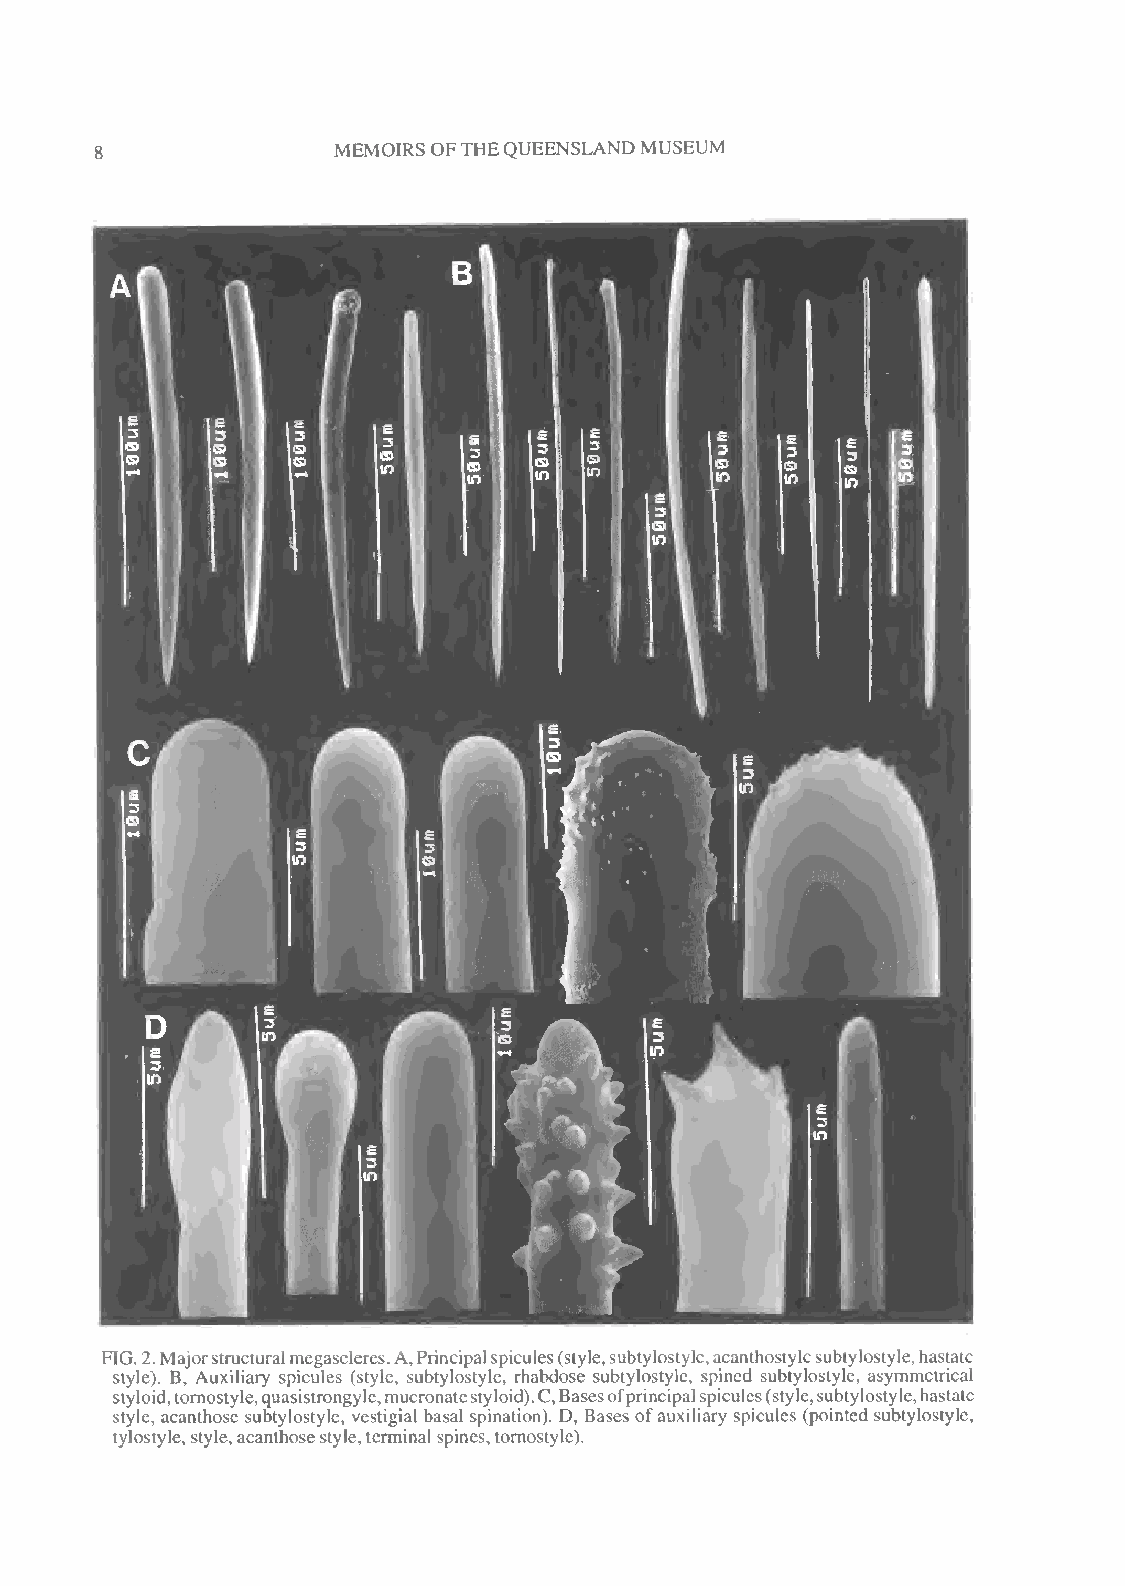
MEMOIRS OFTHEQUEENSLANDMUSEUM
 FIG.2.Majorstructuralmegascleres.A,Principalspicules(style,subtylostyle,acanthostylesubtylostyle,hastate
 style). B, Auxiliary spicules (style, subtylostyle, rhabdose subtylostyle, spined subtylostyle, asymmetrical
 styloid,tornostyle,quasistrongyle,mucronatestyloid).C,Basesofprincipalspicules(style,subtylostyle,hastate
 style, acanthose subtylostyle, vestigial basal spination). D, Bases ofauxiliary spicules (pointed subtylostyle,
 tylostyle, style,acanthosestyle,terminal spines,tornostyle).